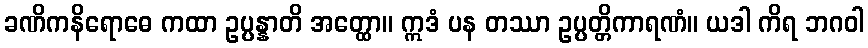
ခဏိကနိရောဓေ ကထာ ဥပ္ပန္နာတိ အတ္ထော။ ဣဒံ ပန တဿာ ဥပ္ပတ္တိကာရဏံ။ ယဒါ ကိရ ဘဂဝါ